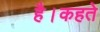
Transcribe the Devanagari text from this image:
है।कहते